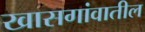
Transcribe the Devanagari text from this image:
खासगांवातील